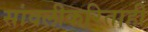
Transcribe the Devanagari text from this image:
सावलीकरिताही